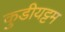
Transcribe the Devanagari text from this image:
कुडीयट्टम